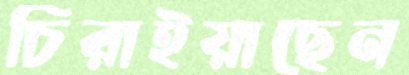
চিরাইয়াছেন